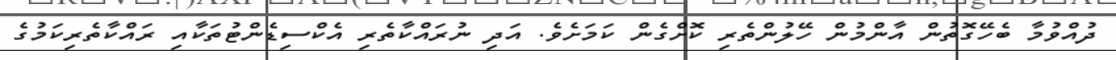
ދުއްވުމާ ބެހޭގޮތުން އާންމުން ހޭލުންތެރި ކޮށްގެން ކަމަށެވެ. އަދި ނުރައްކާތެރިިި އެކްސިޑެންޓުތަކާއި ރައްކާތެރިކަމުގެ